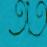
তাত